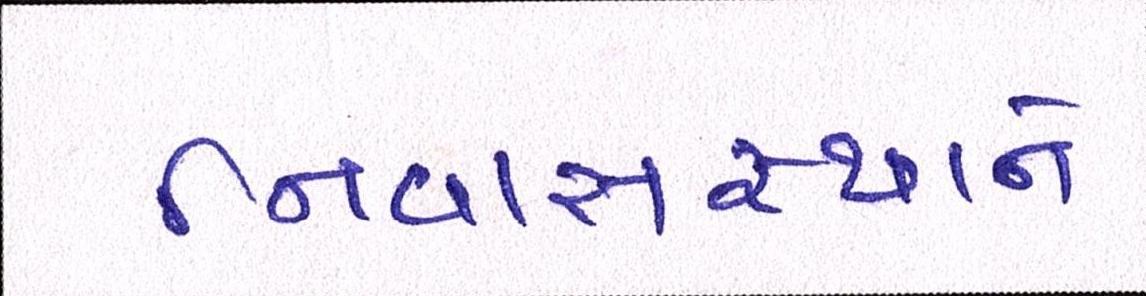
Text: નિવાસસ્થાને